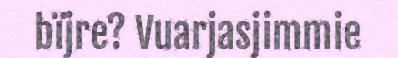
bïjre? Vuarjasjimmie